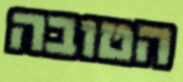
הטובה